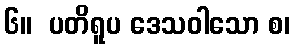
၆။  ပတိရူပ ဒေသဝါသော စ၊